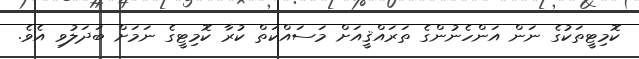
ކޮމިޓީތަކުގެ ނަން އަންހެނުންގެ ތަރައްޤީއަށް މަސައްކަތް ކުރާ ކޮމިޓީގެ ނަމަށް ބަދަލުވި އެވެ.